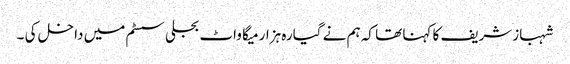
شہبازشریف کا کہنا تھا کہ ہم نے گیارہ ہزار میگا واٹ بجلی سسٹم میں داخل کی ۔